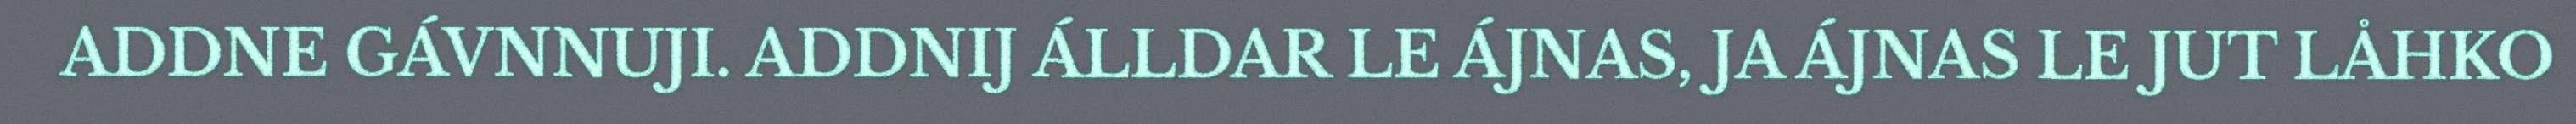
ADDNE GÁVNNUJI. ADDNIJ ÁLLDAR LE ÁJNAS, JA ÁJNAS LE JUT LÅHKO